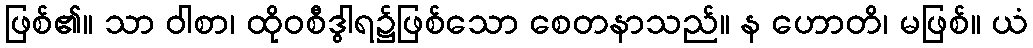
ဖြစ်၏။ သာ ဝါစာ၊ ထိုဝစီဒွါရ၌ဖြစ်သော စေတနာသည်။ န ဟောတိ၊ မဖြစ်။ ယံ